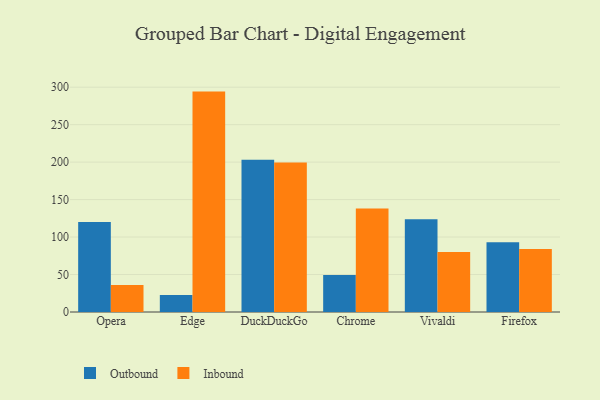
{"axis": {"x": "Browser", "y": "LTV (USD)"}, "legend": ["Inbound", "Outbound"], "data": [{"x": "Opera", "y": 120.0, "type": "Outbound"}, {"x": "Opera", "y": 36.1, "type": "Inbound"}, {"x": "Edge", "y": 22.6, "type": "Outbound"}, {"x": "Edge", "y": 294.1, "type": "Inbound"}, {"x": "DuckDuckGo", "y": 203.3, "type": "Outbound"}, {"x": "DuckDuckGo", "y": 199.4, "type": "Inbound"}, {"x": "Chrome", "y": 49.3, "type": "Outbound"}, {"x": "Chrome", "y": 138.2, "type": "Inbound"}, {"x": "Vivaldi", "y": 123.7, "type": "Outbound"}, {"x": "Vivaldi", "y": 79.9, "type": "Inbound"}, {"x": "Firefox", "y": 93.1, "type": "Outbound"}, {"x": "Firefox", "y": 84.0, "type": "Inbound"}]}